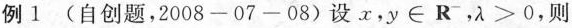
例1 (自创题，2008-07-08)设x，$$y\in R^{-}$$，$$\lambda >0$$，则